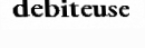
debiteuse